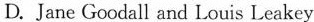
D.Jane Goodall and Louis Leakey